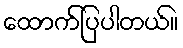
ထောက်ပြပါတယ်။